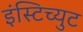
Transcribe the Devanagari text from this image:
इंस्टिच्युट